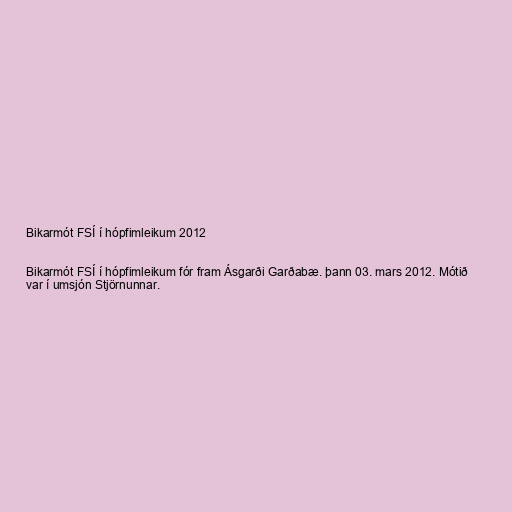
Bikarmót FSÍ í hópfimleikum 2012

Bikarmót FSÍ í hópfimleikum fór fram Ásgarði Garðabæ. þann 03. mars 2012. Mótið
var í umsjón Stjörnunnar.